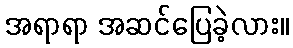
အရာရာ အဆင်ပြေခဲ့လား။